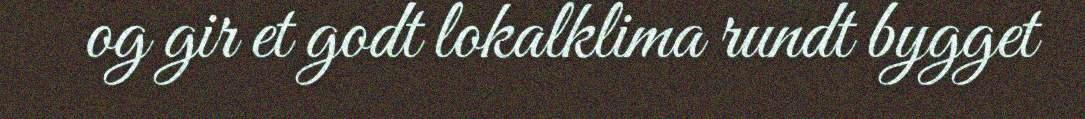
og gir et godt lokalklima rundt bygget